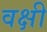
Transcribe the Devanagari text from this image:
वक्षी